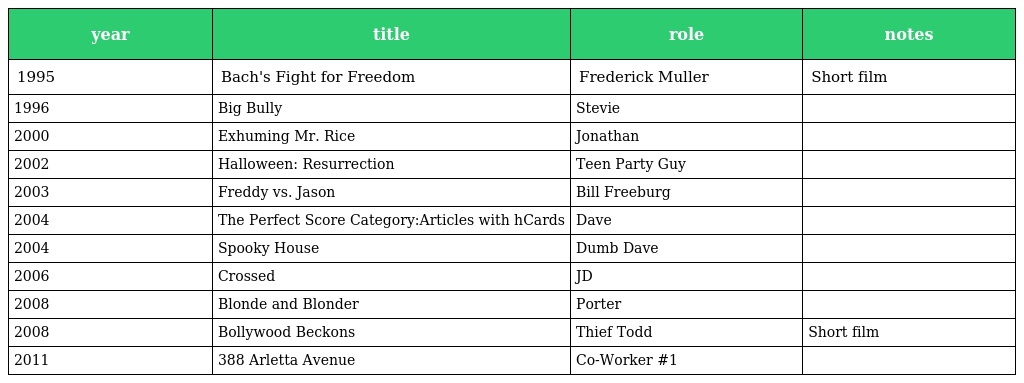
| year | title | role | notes |
 | --- | --- | --- | --- |
 | 1995 | Bach's Fight for Freedom | Frederick Muller | Short film |
 | 1996 | Big Bully | Stevie |  |
 | 2000 | Exhuming Mr. Rice | Jonathan |  |
 | 2002 | Halloween: Resurrection | Teen Party Guy |  |
 | 2003 | Freddy vs. Jason | Bill Freeburg |  |
 | 2004 | The Perfect Score Category:Articles with hCards | Dave |  |
 | 2004 | Spooky House | Dumb Dave |  |
 | 2006 | Crossed | JD |  |
 | 2008 | Blonde and Blonder | Porter |  |
 | 2008 | Bollywood Beckons | Thief Todd | Short film |
 | 2011 | 388 Arletta Avenue | Co-Worker #1 |  |